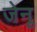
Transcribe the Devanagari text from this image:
जेनू